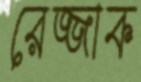
রেজ্জাক